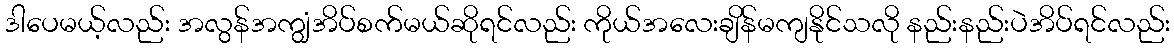
ဒါပေမယ့်လည်း အလွန်အကျွံအိပ်စက်မယ်ဆိုရင်လည်း ကိုယ်အလေးချိန်မကျနိုင်သလို နည်းနည်းပဲအိပ်ရင်လည်း